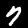
Label: 7